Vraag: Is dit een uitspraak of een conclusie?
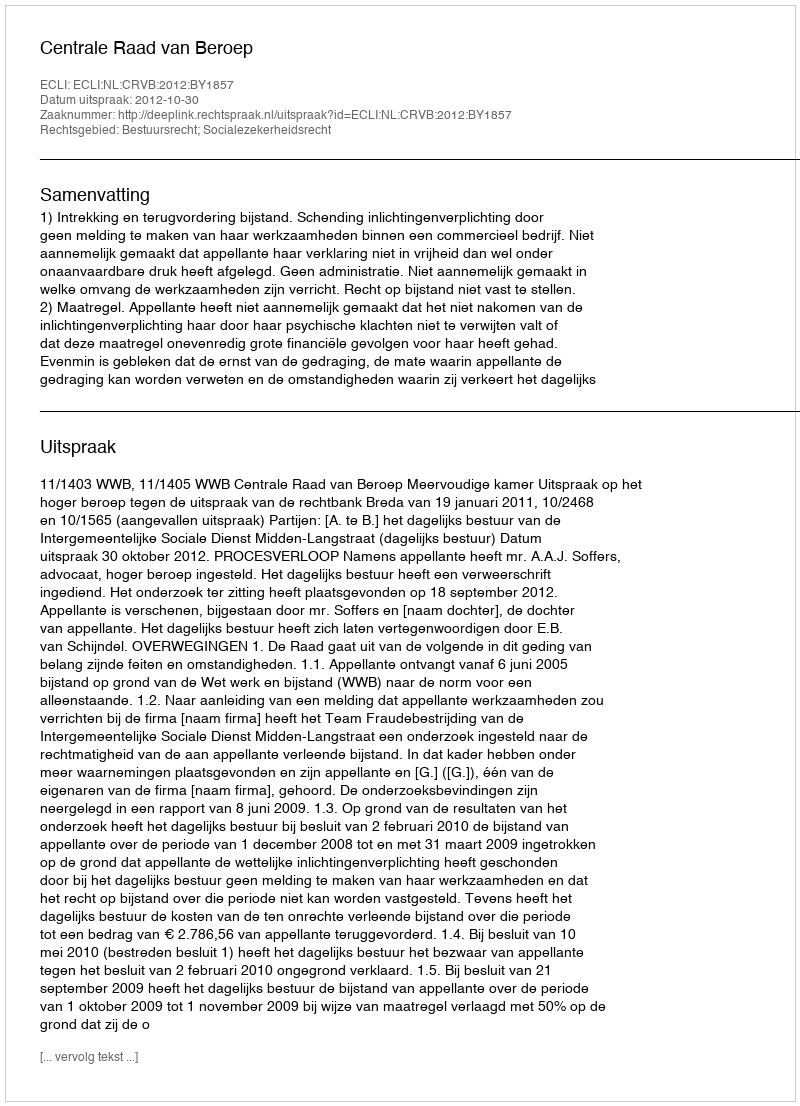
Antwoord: Uitspraak